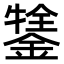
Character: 𨪔